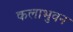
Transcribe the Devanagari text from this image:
कलाभुवन